Civil Veterinary Dept. Bombay admin report 1907-1913 - 1907-1913
Year: 1907
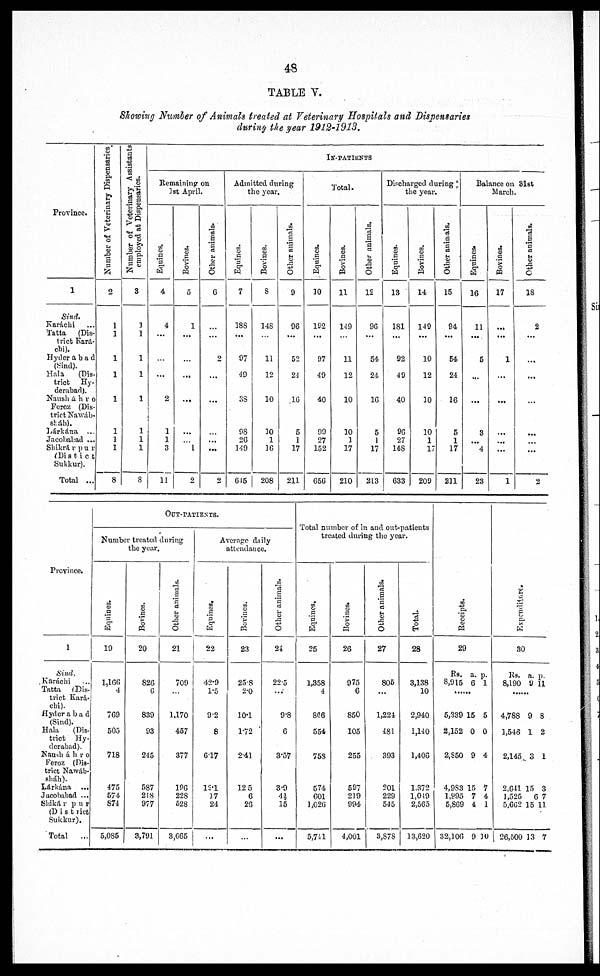
48
TABLE V.
Showing Number of Animals treated at Veterinary Hospitals and Dispensaries
during the year 1912-1913.
Province.
1
Sind.
Karáchi ...
Tatta
(Dis-
trict Kará-
chi).
Hyderabad
(Sind).
Hala
(Dis-
trict
Hy-
derabad).
Nausháhro
Feroz (Dis-
trict Nawáb-
sháh).
Lárkána ...
Jacohabad ...
Shikrárpur
(Distict
Sukkur).
Total ...
Number of Veterinary Dispensaries
2
1
1
1
1
1
1
1
1
8
Number of Veterinary Assistants
employed at Dispensaries.
3
1
1
1
1
1
1
1
1
8
In-patients
Remaining on
1st April.
Equines.
4
4
...
...
...
2
1
1
3
11
Bovines.
5
1
...
...
...
...
...
1
2
Other animals.
6
...
...
2
...
...
...
...
...
2
Admitted during
the year.
Equines.
7
188
...
97
49
38
98
26
149
645
Bovines.
5
148
...
11
12
10
30
1
16
208
Other animals.
9
96
...
52
21
16
5
1
17
211
Total.
Equines.
10
122
...
97
49
40
09
27
152
G5G
Bovines.
11
149
...
11
12
10
10
1
17
210
Other animals.
12
96
...
54
24
16
5
1
17
213
Discharged during
the year.
Equines.
13
181
...
92
49
40
96
27
148
633
Bovines.
14
149
...
10
12
10
10
1
17
209
Other animals.
15
94
...
54
24
16
5
1
17
211
Balance on 31st
March.
Equines.
16
11
...
5
...
...
3
...
4
23
Bovines.
17
...
...
1
...
...
...
...
...
1
Other animals.
18
2
...
...
...
...
......
...
...
2
Province.
1
Sind.
Karáchi ...
Tatta
(Dis-
trict Kará-
chi).
Hyderabad
(Sind).
Hala
(Dis-
trict Hy-
derabad).
Nausháhro
Feroz (Dis-
trict Nawáb-
sháh).
Lárkána ...
Jacobabad ...
Shikárpur
(District
Sukkur).
Total
...
OUT-PATIENTS.
Number treated during
the year.
Equines.
19
1,166
4
769
505
718
475
574
874
5,085
Bovines.
20
826
6
839
93
215
587
218
977
3,791
Other animals.
21
709
...
1,170
457
377
196
228
528
3,665
Average daily
attendance.
Equines.
22
42.9
1.5
9.2
8
6.17
12.1
17
24
...
Bovines.
23
25.8
2.0
10.1
1.72
2.41
12.5
6
26
...
Other animals.
24
22.5
...
9.8
6
3.57
3.9
4½
15
...
Total number of in and out-patients
treated during the year.
Equines.
25
1,358
4
866
554
758
574
601
1,026
5,741
Bovines.
26
975
6
850
105
255
597
219
994
4,001
Other animals.
27
805
...
1,224
481
393
201
229
545
3,878
Total.
28
3,138
10
2,940
1,140
1,406
1,372
1,049
2,565
13,620
Receipts.
29
Rs.
8,915
..
5,339
2,152
2,850
4,983
1,995
5,869
32,106
a.
6
..
15
0
9
15
7
4
9
p.
1
..
5
0
4
7
4
1
3 0
Expenditure.
30
Rs.
8,190
..
4,788
1,546
2,145
2,641
1,525
5,662
26,500
a.
9
..
9
1
3
15
6
15
13
p.
11
..
8
2
1
3
7
11
7